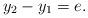
LaTeX: \begin{align*}y_2-y_1=e.\end{align*}